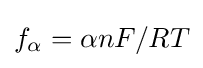
f_{\alpha }=\alpha nF/RT